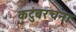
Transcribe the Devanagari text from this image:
कुटुंबरचना